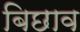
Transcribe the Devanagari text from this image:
बिछाव